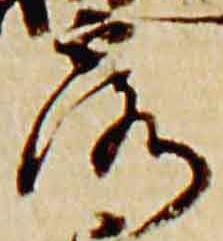
露